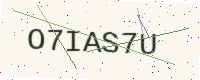
Text: O7IAS7U